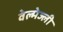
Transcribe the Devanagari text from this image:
वेल्मेज्ली